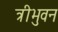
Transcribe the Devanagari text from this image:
त्रीभुवन